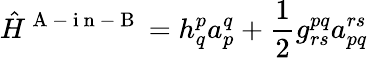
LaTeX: \hat{H}^{\mathrm{~A~-~i~n~-~B~}}=h_{q}^{p}a_{p}^{q}+\frac{1}{2}g_{rs}^{pq}a_{pq}^{rs}